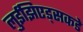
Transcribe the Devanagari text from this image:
लुईझिएड्सकडे